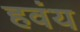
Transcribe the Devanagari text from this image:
हवंय